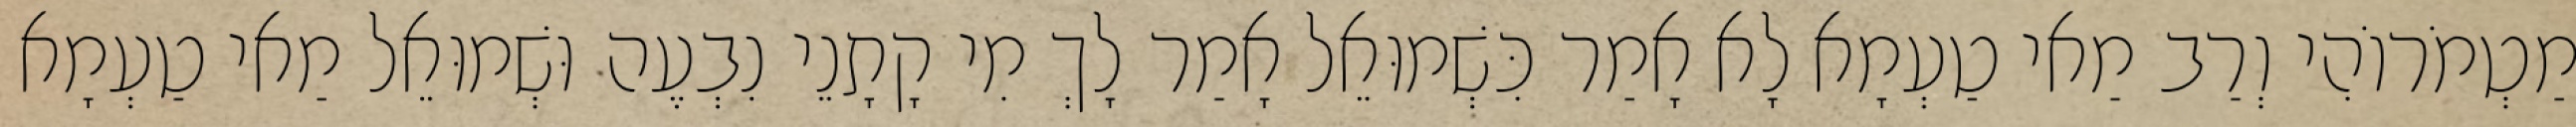
מַטְמֹרוֹהִי וְרַב מַאי טַעְמָא לָא אָמַר כִּשְׁמוּאֵל אָמַר לָךְ מִי קָתָנֵי נִבְעֶה וּשְׁמוּאֵל מַאי טַעְמָא